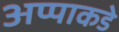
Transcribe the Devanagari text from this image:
अप्पाकडे